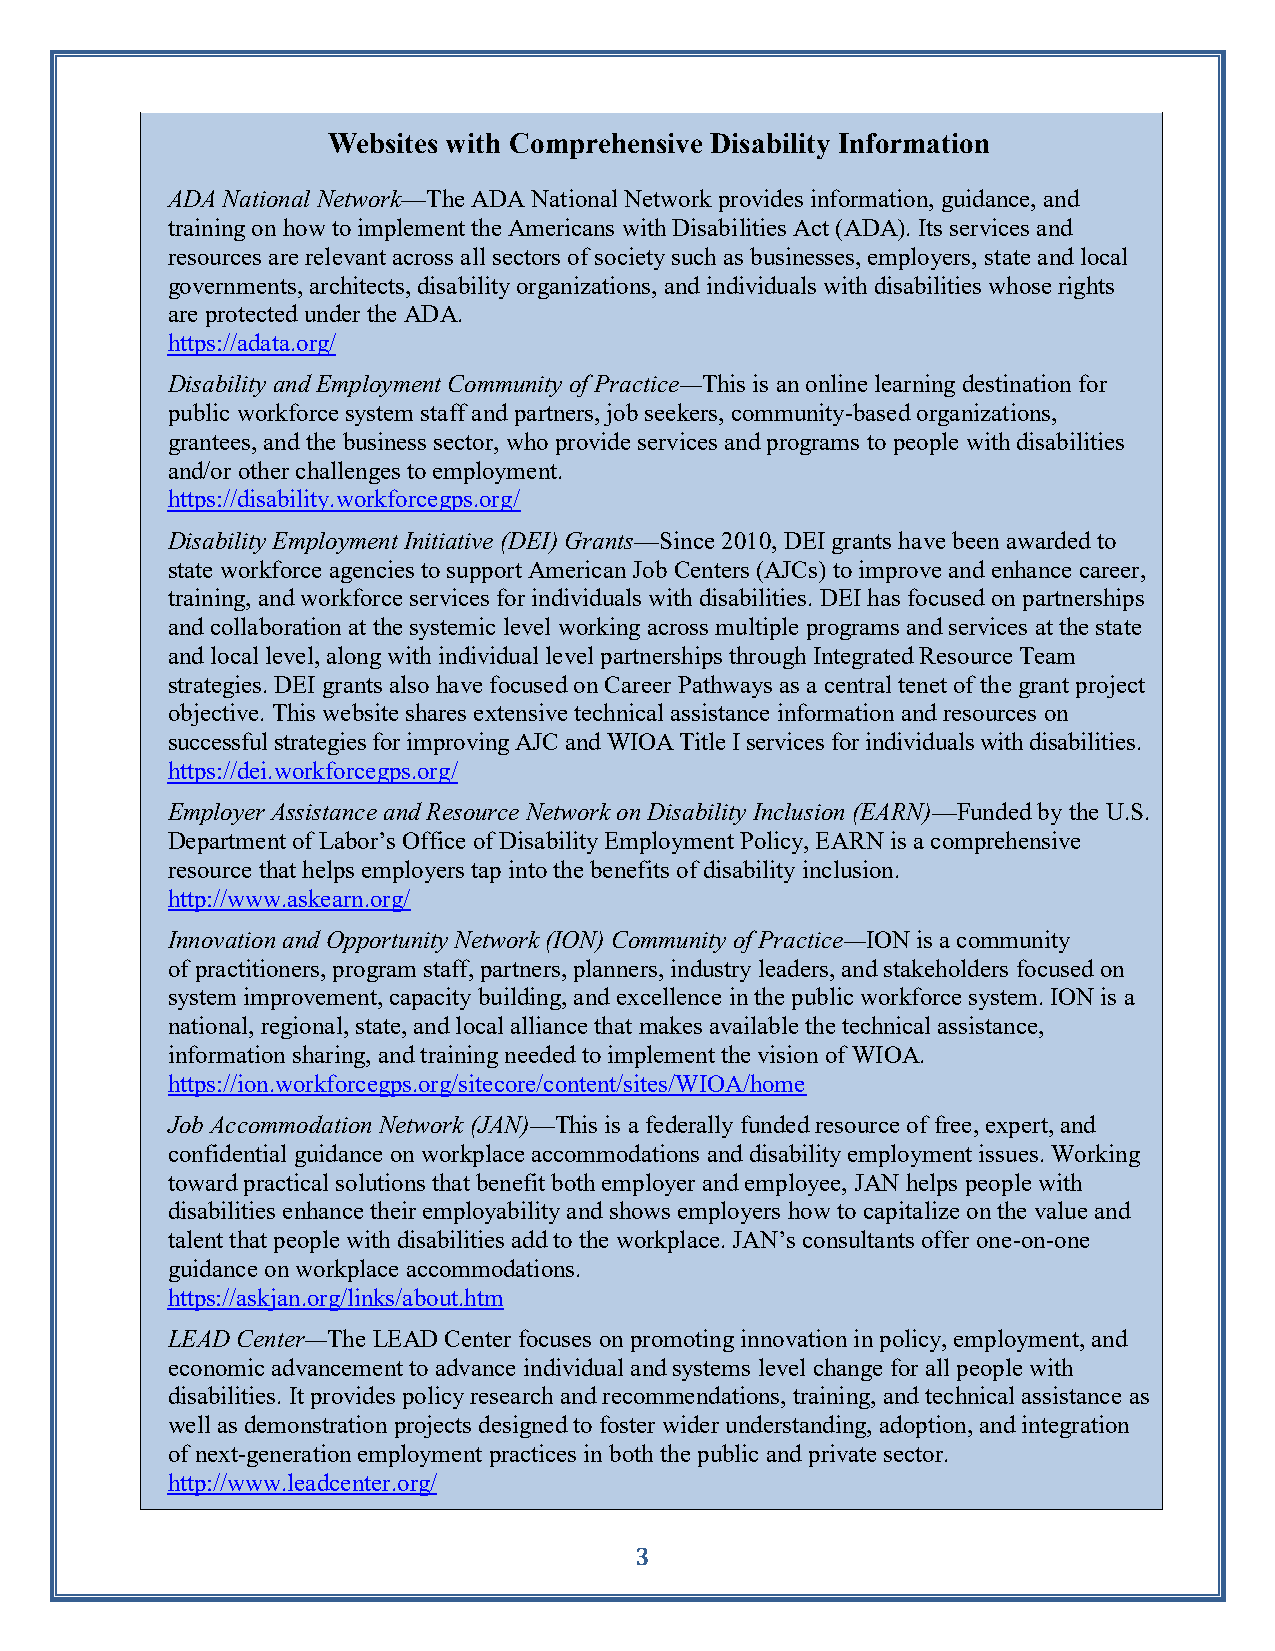
Websites with Comprehensive Disability Information
 ADA National Network—The ADA National Network provides information, guidance, and
 training on how to implement the Americans with Disabilities Act (ADA). Its services and
 resources are relevant across all sectors of society such as businesses, employers, state and local
 governments, architects, disability organizations, and individuals with disabilities whose rights
 are protected under the ADA.
 https://adata.org/
 Disability and Employment Community of Practice—This is an online learning destination for
 public workforce system staff and partners, job seekers, community-based organizations,
 grantees, and the business sector, who provide services and programs to people with disabilities
 and/or other challenges to employment.
 https://disability.workforcegps.org/
 Disability Employment Initiative (DEI) Grants—Since 2010, DEI grants have been awarded to
 state workforce agencies to support American Job Centers (AJCs) to improve and enhance career,
 training, and workforce services for individuals with disabilities. DEI has focused on partnerships
 and collaboration at the systemic level working across multiple programs and services at the state
 and local level, along with individual level partnerships through Integrated Resource Team
 strategies. DEI grants also have focused on Career Pathways as a central tenet of the grant project
 objective. This website shares extensive technical assistance information and resources on
 successful strategies for improving AJC and WIOA Title I services for individuals with disabilities.
 https://dei.workforcegps.org/
 Employer Assistance and Resource Network on Disability Inclusion (EARN)—Funded by the U.S.
 Department of Labor’s Office of Disability Employment Policy, EARN is a comprehensive
 resource that helps employers tap into the benefits of disability inclusion.
 http://www.askearn.org/
 Innovation and Opportunity Network (ION) Community of Practice—ION is a community
 of practitioners, program staff, partners, planners, industry leaders, and stakeholders focused on
 system improvement, capacity building, and excellence in the public workforce system. ION is a
 national, regional, state, and local alliance that makes available the technical assistance,
 information sharing, and training needed to implement the vision of WIOA.
 https://ion.workforcegps.org/sitecore/content/sites/WIOA/home
 Job Accommodation Network (JAN)—This is a federally funded resource of free, expert, and
 confidential guidance on workplace accommodations and disability employment issues. Working
 toward practical solutions that benefit both employer and employee, JAN helps people with
 disabilities enhance their employability and shows employers how to capitalize on the value and
 talent that people with disabilities add to the workplace. JAN’s consultants offer one-on-one
 guidance on workplace accommodations.
 https://askjan.org/links/about.htm
 LEAD Center—The LEAD Center focuses on promoting innovation in policy, employment, and
 economic advancement to advance individual and systems level change for all people with
 disabilities. It provides policy research and recommendations, training, and technical assistance as
 well as demonstration projects designed to foster wider understanding, adoption, and integration
 of next-generation employment practices in both the public and private sector.
 http://www.leadcenter.org/
 3